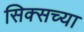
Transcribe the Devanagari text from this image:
सिक्सच्या